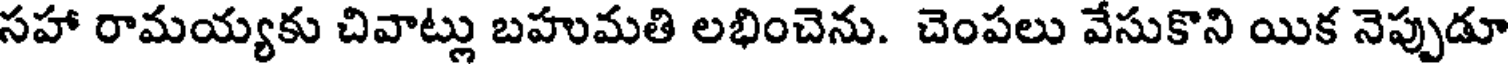
సహా రామయ్యకు చివాట్లు బహుమతి లభించెను. చెంపలు వేసుకొని యిక నెప్పుడూ